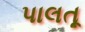
પાલતૂ